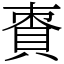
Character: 𧵩